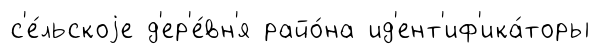
с'е́льскоjе д'ер'е́вн'я райо́на ид'ент'иф'ика́торы